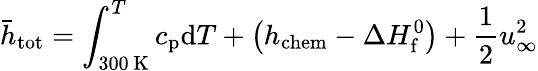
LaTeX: \bar{h}_{\mathrm{tot}}=\int_{300\, \mathrm{K}}^{T}c_{\mathrm{p}}\mathrm{d}T+\left(h_{\mathrm{chem}}-\Delta H_{\mathrm{f}}^{0}\right)+\frac{1}{2}u_{\mathrm{\infty}}^{2}